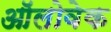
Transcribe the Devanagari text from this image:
ऑलोवेक